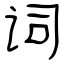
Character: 词